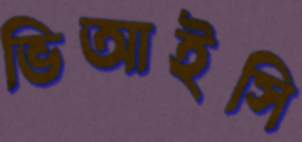
ভিআইসি